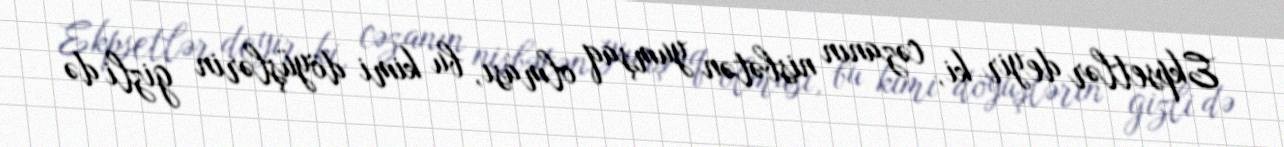
Ekpsetlər deyir ki, cəzanın nisbətən yumşaq olması, bu kimi döyüşlərin gizli də